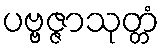
ပဗ္ဗဇ္ဇာသုတ္တံ